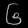
Digit: ၆